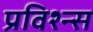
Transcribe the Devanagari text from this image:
प्रविश्न्स